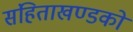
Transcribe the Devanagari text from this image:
संहिताखण्डको